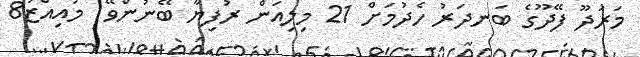
މަރަދޫ ފޭދޫގެ ބަނދަރު ހެދުމަށް 21 މިލިއަން ރުފިޔާ ބޭނުންވޭ  މުއިއްޒު8